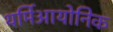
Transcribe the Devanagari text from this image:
थर्मिआयोनिक